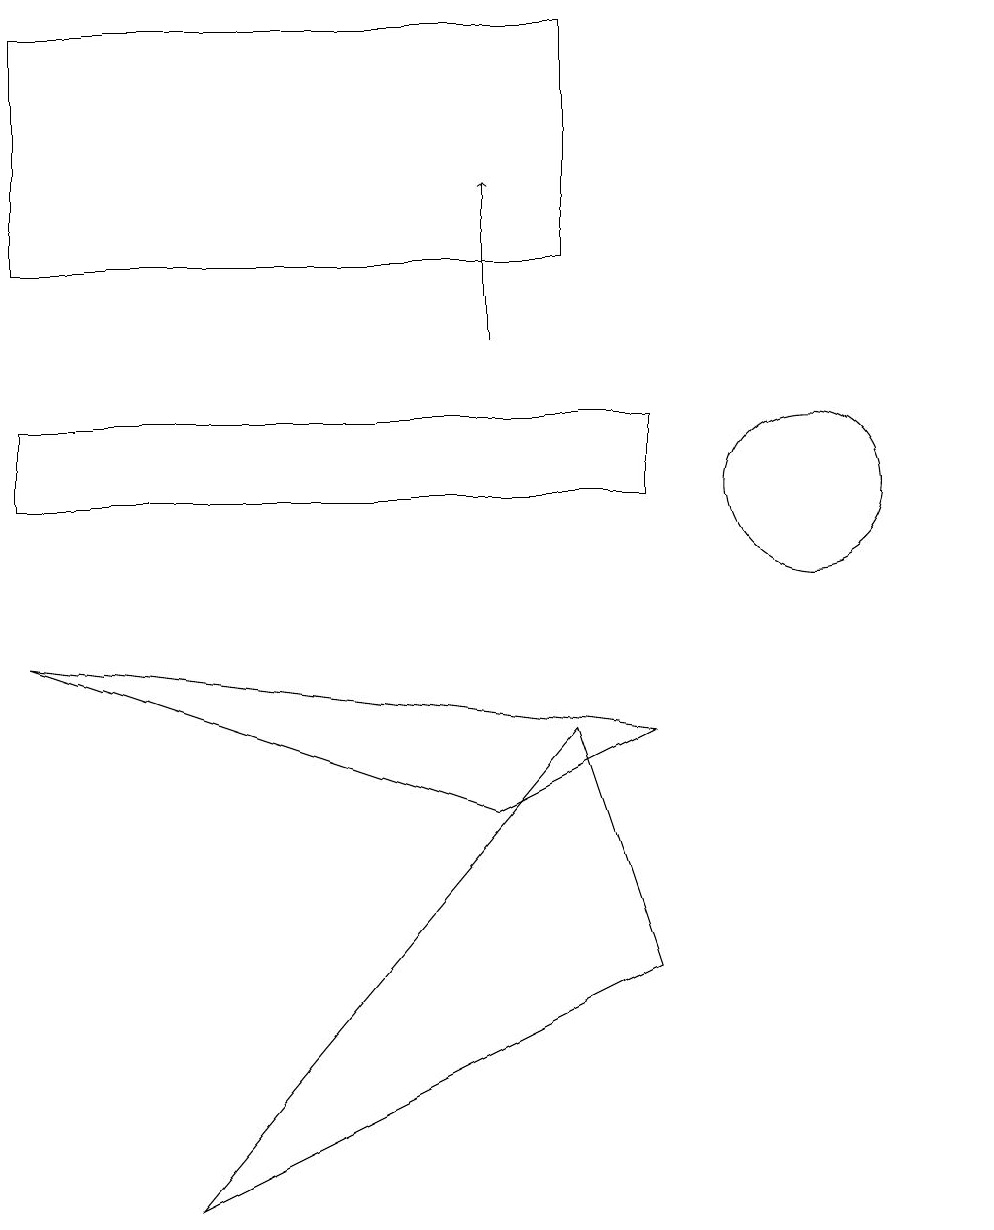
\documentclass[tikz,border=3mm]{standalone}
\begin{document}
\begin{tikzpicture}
\draw (12,11) circle (0);
\draw (10,11) circle (1);
\draw (0,11) rectangle (8,12);
\draw (6,7) -- (8,8) -- (0,9) -- cycle;
\draw (9,17) rectangle (9,17);
\draw (7,8) -- (2,2) -- (8,5) -- cycle;
\draw[->] (6,13) -- (6,15);
\draw (7,14) rectangle (0,17);
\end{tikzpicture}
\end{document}